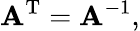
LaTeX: \mathbf{A}^{\mathrm{T}}=\mathbf{A}^{-1},